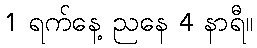
1 ရက်နေ့ ညနေ 4 နာရီ။